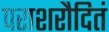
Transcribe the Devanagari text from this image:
पराशरौदितं